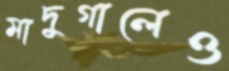
মাদুগালেও